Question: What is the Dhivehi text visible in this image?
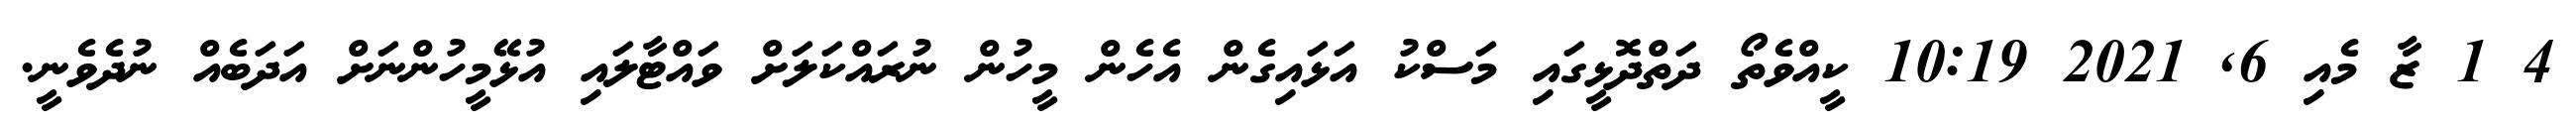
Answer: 4 1 ޒާ މެއި 6, 2021 10:19 ކީއްވެތޯ ދަތްދޮޅީގައި މަސްކު އަޅައިގެން އެހެން މީހުން ނުރައްކަލަށް ވައްޓާލައި އުޅޭމީހުންނަށް އަދަބެއް ނުދެވެނީ.